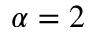
\alpha = 2